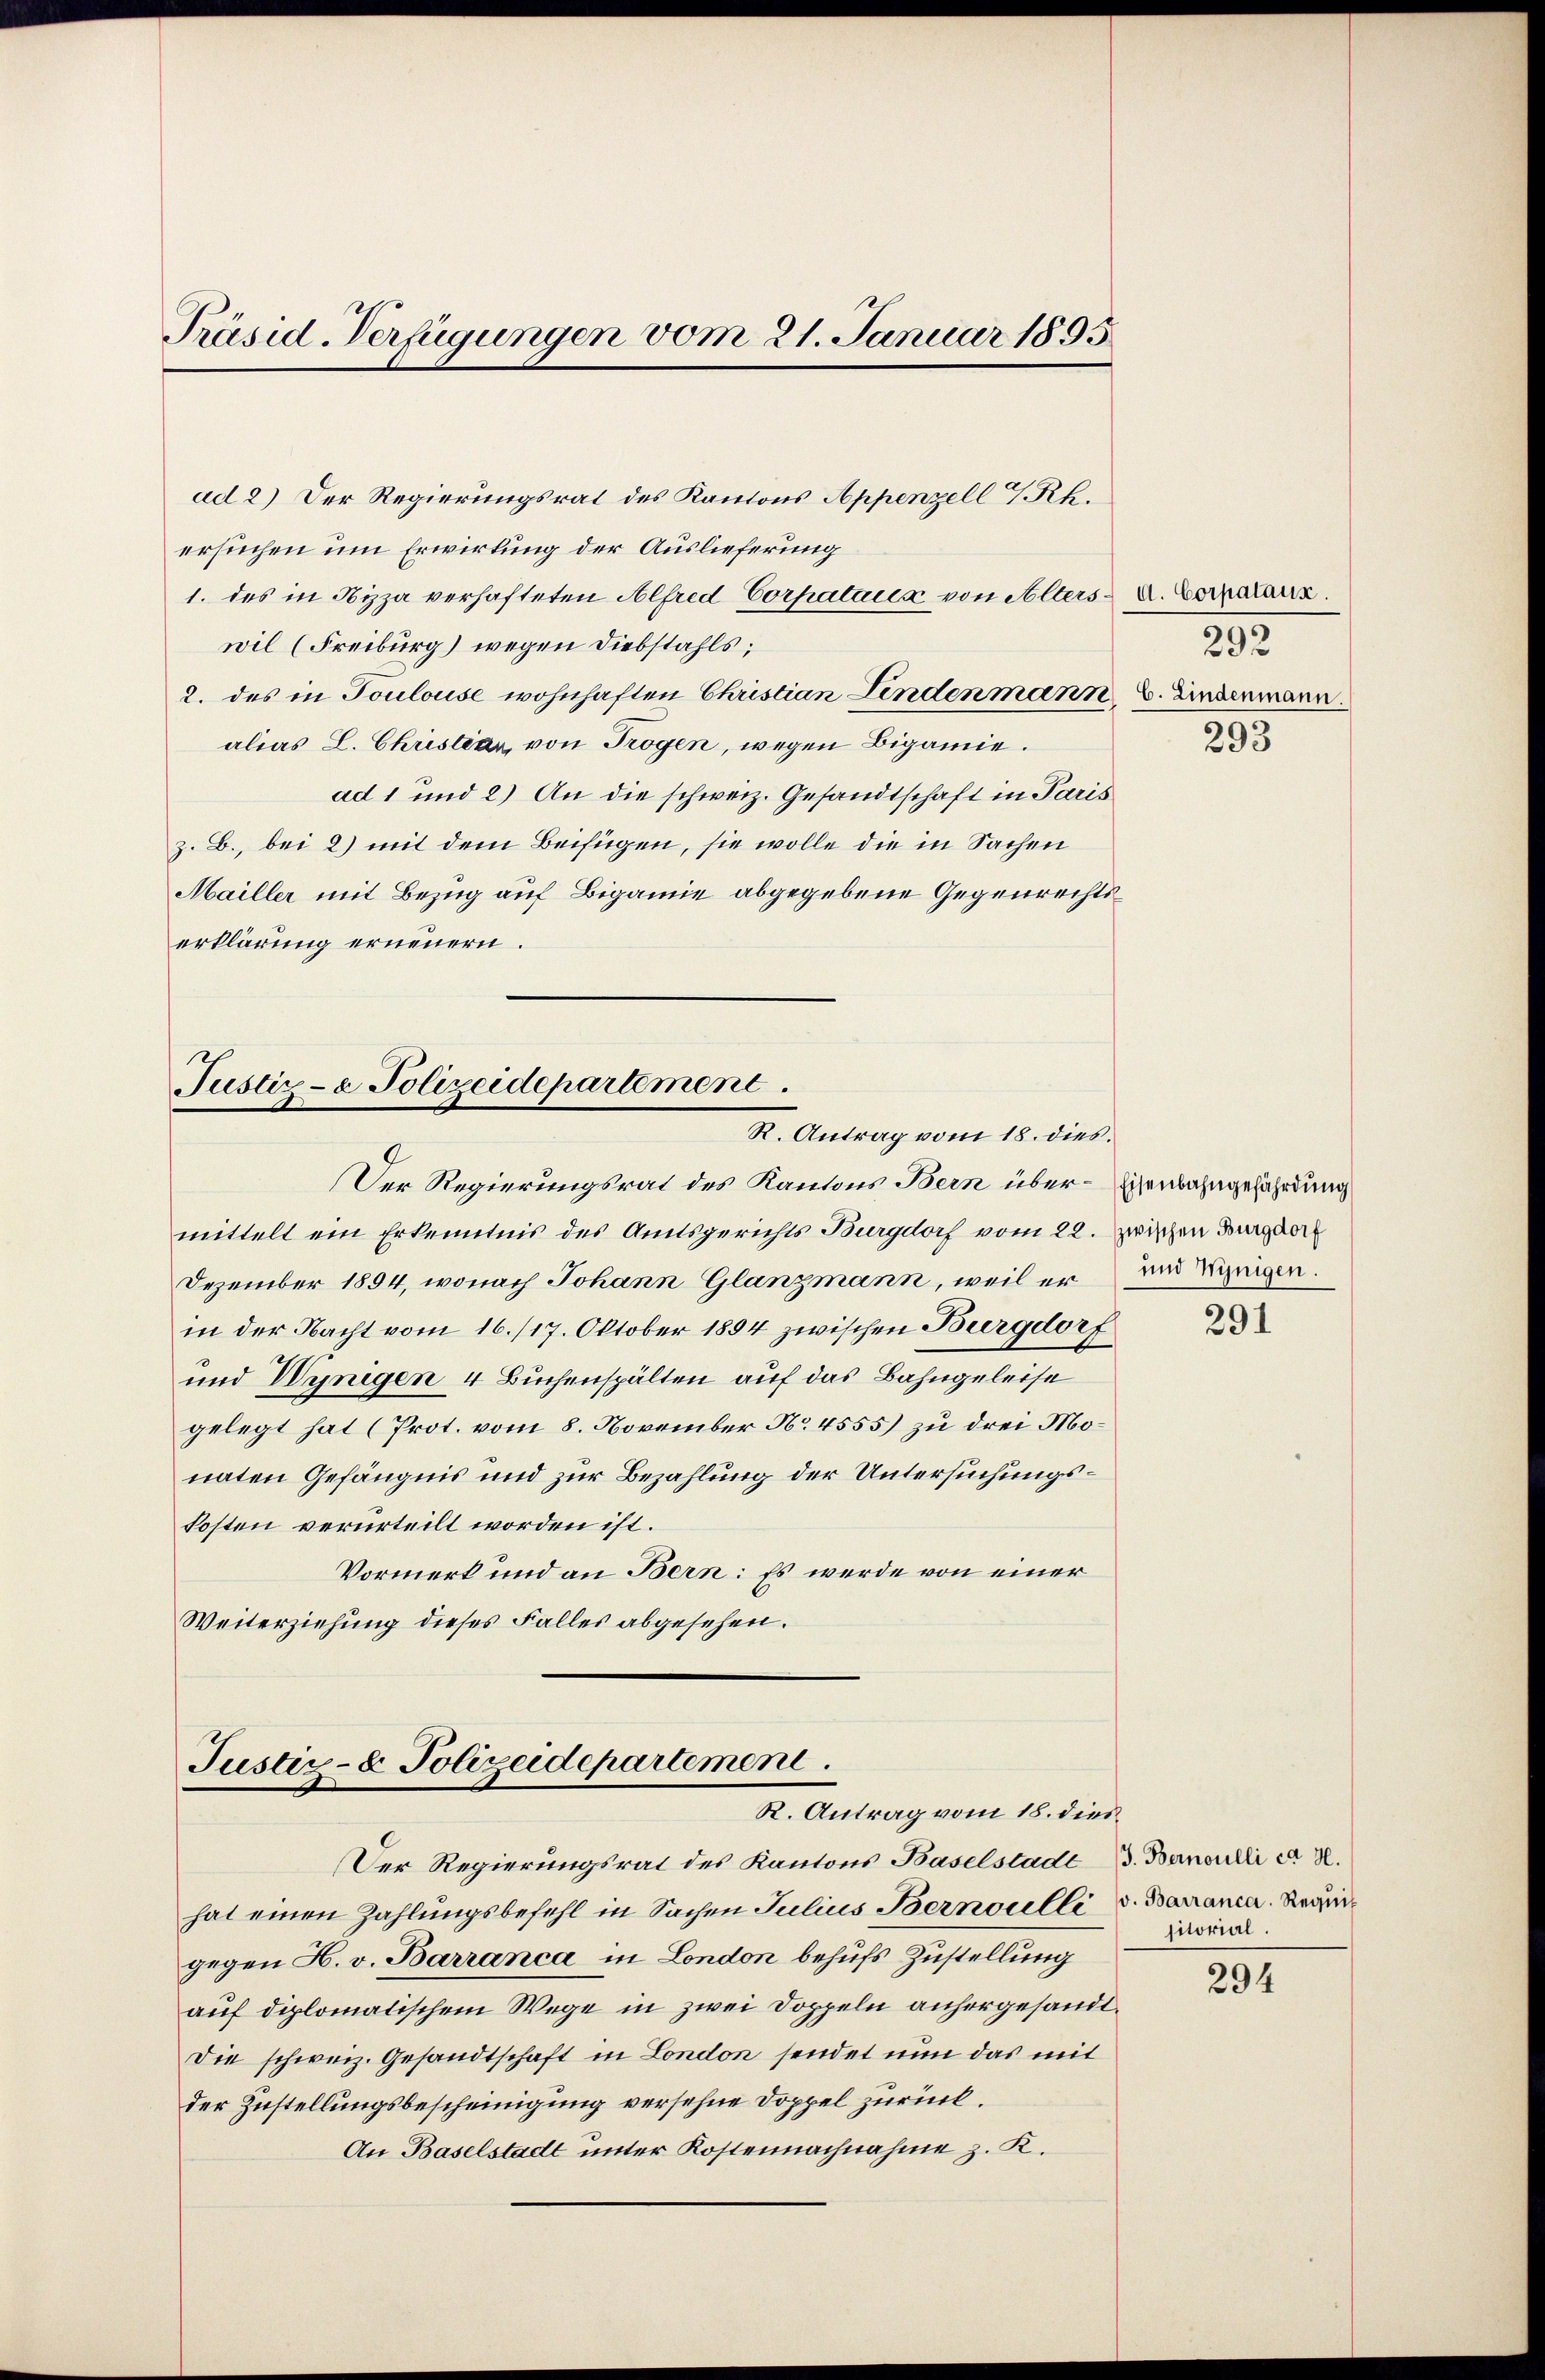
Präsid-Verfügungen vom 21. Januar 1895

ad 2) Der Regierungsrat des Kantons Appenzell 7. Rh.
ersuchen um Erwirkung der Auslieferung
1. des in Nizza verhafteten Alfred Corpatails von Alters u. Vorkatarrs
wil (Freiburg) wegen Diebstahls,
2. des in Toulouse wohnhaften Christian Linden mann B. Lindermann.
alias L. Christiar von Trogen, wegen Bigamie.
ad 1 und 2) An die schweiz. Gesandtschaft in Paris
z. B., bei 2) mit dem Beifügen, sie wolle die in Sachen
Mailler mit Bezug auf Bigamie abgegebene Gegenrechtserklärung erneuern.

Justiz- & Polizeidepartement
R. Antrag vom 18. dies.

Der Regierungsrat des Kantons Bern über-Eisenbahngefährdung
mittelt ein Erkenntnis des Amtsgerichts Burgdorf vom 22.
Dezember 1894, wonach Johann Glanzmann, weil er
in der Nacht vom 16./17. Oktober 1854 zwischen Burgdorf
und Wenigen 4 Buchenspälten auf das Bahngeleise
gelegt hat (Prot. vom 8. November No. 4555) zu drei Monaten Gefängnis und zur Bezahlung der Untersuchungskosten verurteilt worden ist.
Vormerk und an Bern: Es werde von einer
Weiterziehung dieses Falles abgesehen.

Justiz- & Polizeidepartement.
R. Antrag vom 18. dies

Der Regierungsrat des Kantons Baselstadt
hat einen Zahlungsbefehl in Sachen Julius Bernoulli
gegen H. v. Barranca in London behufs Zustellung
auf diplomatischem Wege in zwei Doppeln anhergesandt.
Die schweiz. Gesandtschaft in London sendet nun das mit
der Zustellungsbescheinigung versehne Doppel zurück.
An Baselstadt unter Kostennachnahme z. K.

292

293

zwischen Burgdorf
und Winigen.

291

J. Bernoulli ca 3.
v. Barranca. Requis
sitorial.

294